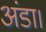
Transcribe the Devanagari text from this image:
अंडा।